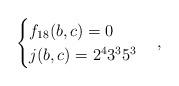
LaTeX: \begin{align*}\begin{cases}f_{18}(b,c)=0 \\ j(b,c)=2^43^35^3\end{cases},\end{align*}